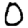
Digit: 0